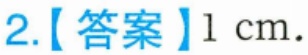
2.【答案】\(1\mathrm{cm}\).